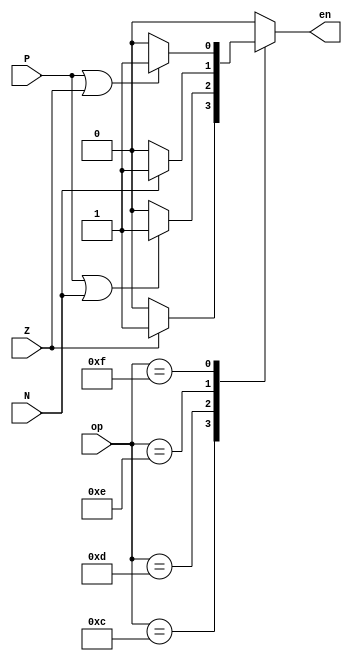
module branch(op, Z, P, N, en);
  
  input [4:0] op;
  input Z, P, N;
  output reg en;


  always @(*) begin
    case (op)
      // BEQZ
      5'b01100: en = (Z) ? 1'b1 : 1'b0;
      // BNEZ
      5'b01101: en = (P | N) ? 1'b1 : 1'b0;
      // BLTZ
      5'b01110: en = (N) ? 1'b1 : 1'b0;
      // BGEZ
      5'b01111: en = (P | Z) ? 1'b1 : 1'b0;
      // Don't Branch
      default: en = 1'b0;
    endcase
  end
endmodule